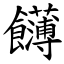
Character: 䭦